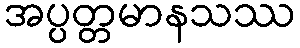
အပ္ပတ္တမာနသဿ